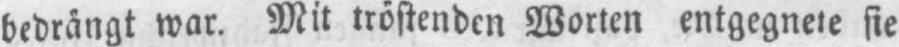
sie